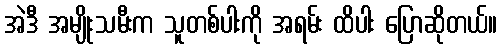
အဲဒီ အမျိုးသမီးက သူတစ်ပါးကို အရမ်း ထိပါး ပြောဆိုတယ်။